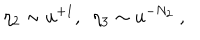
\eta _ { 2 } \sim u ^ { + 1 } , ~ ~ \eta _ { 3 } \sim u ^ { - N _ { 2 } } \ ,